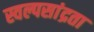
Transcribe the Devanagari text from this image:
स्वल्पसांद्रता